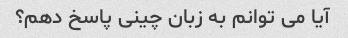
آیا می توانم به زبان چینی پاسخ دهم؟